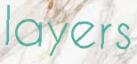
layers